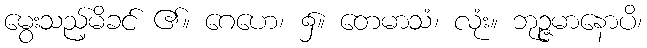
မွေးသည့်မိခင် ၏။ ဂေဟေ၊ ၌။ တေမာသံ၊ လုံး။ ဘုဉ္ဇမာနောပိ၊